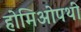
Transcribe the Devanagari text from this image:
होमिओपथी